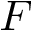
F